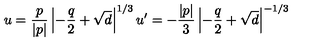
u = \frac { p } { | p | } \left| - \frac { q } { 2 } + \sqrt { d } \right| ^ { 1 / 3 } u ^ { \prime } = - \frac { | p | } { 3 } \left| - \frac { q } { 2 } + \sqrt { d } \right| ^ { - 1 / 3 }